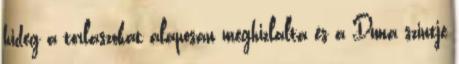
hideg a torlaszokat alaposan meghizlalta és a Duna szintje